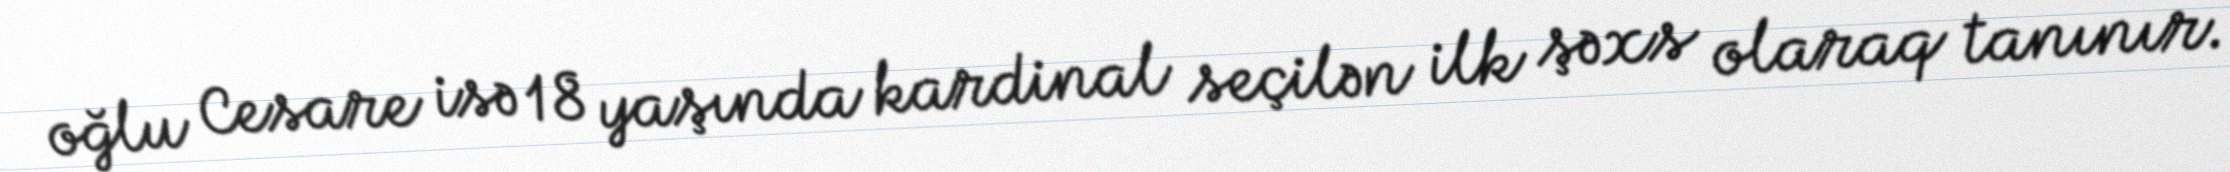
oğlu Cesare isə 18 yaşında kardinal seçilən ilk şəxs olaraq tanınır.